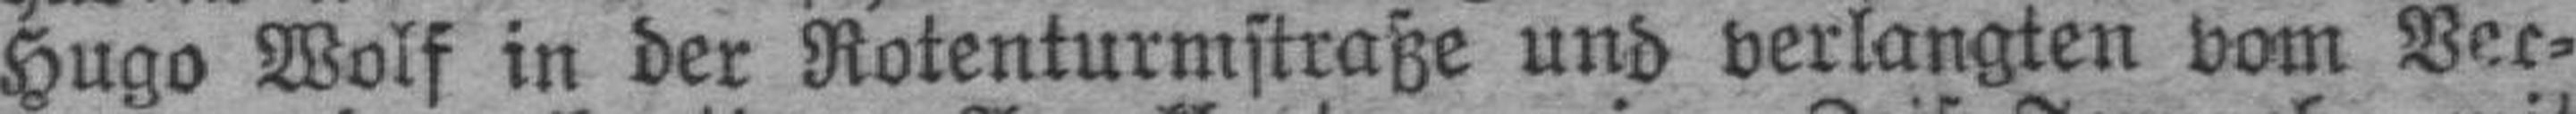
Hugo Wolf in der Rotenturmstraße und verlangten vom Ver¬